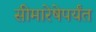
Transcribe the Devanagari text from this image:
सीमारेषेपर्यंत